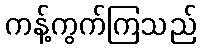
ကန့်ကွက်ကြသည်